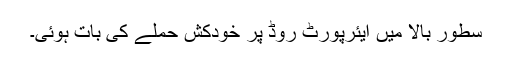
سطورِ بالا میں ایئرپورٹ روڈ پر خودکش حملے کی بات ہوئی۔